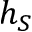
h _ { S }